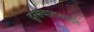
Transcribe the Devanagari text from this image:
दूरसंचारासाठी